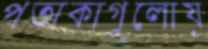
পতাকাগুলোয়